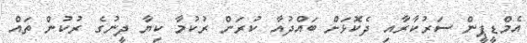
އެމްޑީޕީން ސަރުކާރާއި ދެކޮޅަށް ބައްދުއާ ކުރަން ރުކުމާ ކިޔާ ދީނުގެ ރުކުން ތައް